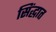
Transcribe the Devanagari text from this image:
सिंद्धात